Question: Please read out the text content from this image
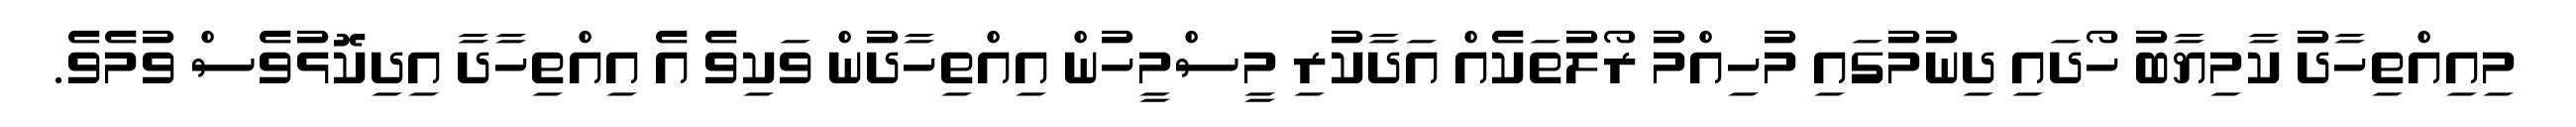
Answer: މިއިއްތިހާދު ކާމިޔާބު ހޯދައި ދިނުމުގައި މުހިއްމު ރޯލުތަކެއް އަދާކުރި މީސްމީހުން އިއްތިހާދުން ވަކިވެ އެ އިއްތިހާދާ އިދިކޮޅުވެސް ވުމެވެ.